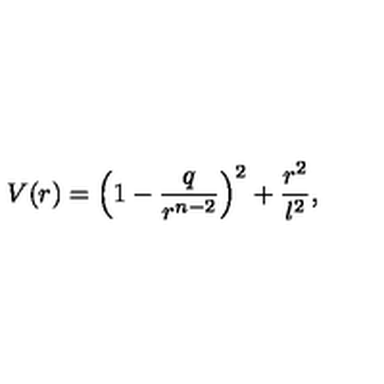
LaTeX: V ( r ) = \left( 1 - { \frac { q } { r ^ { n - 2 } } } \right) ^ { 2 } + { \frac { r ^ { 2 } } { l ^ { 2 } } } ,